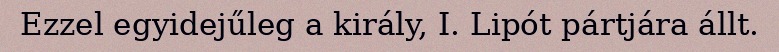
Ezzel egyidejűleg a király, I. Lipót pártjára állt.